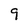
Character: 9